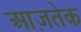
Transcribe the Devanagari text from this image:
आज़तेक